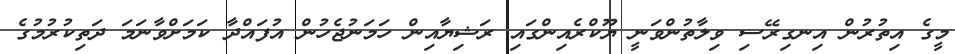
މީގެ އިތުރުން އިނގިރޭސި ވިލާތުންވަނީ ޔޫކްރެއިންގައި ރަޝިޔާއިން ހަމަނުޖެހުން އުފައްދާ ކަމަށްވާނަމަ ދަތިކުރުމުގެ